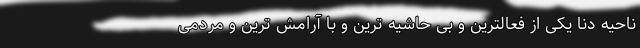
ناحیه دنا یکی از فعالترین و بی حاشیه ترین و با آرامش ترین و مردمی